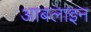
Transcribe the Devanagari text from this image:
आबलाइन